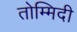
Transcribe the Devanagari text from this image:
तोम्मिदी